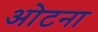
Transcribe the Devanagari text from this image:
ओटना